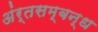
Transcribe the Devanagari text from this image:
अंर्तसम्बन्ध